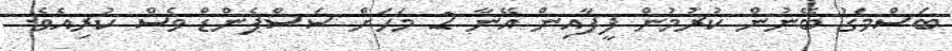
ބަސްމަގު ބޭނުން ކުރުމުން ފީފާއިން އޭނާ 2 މަހަށް ސަސްޕެންޑް ވެސް ކުރިއެވެ.